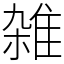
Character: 雑